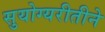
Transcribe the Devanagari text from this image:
सुयोग्यरीतीने